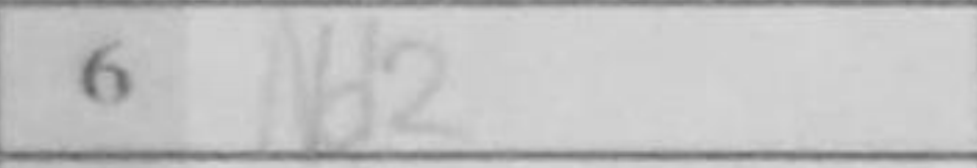
Transcription: Nd2